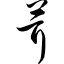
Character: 茸